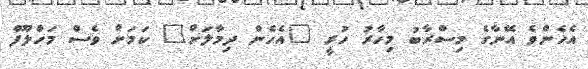
އެހެންވެ އޭނާގެ މިސްރާބު މިހާރު ހުރީ "އެހެން ދިމާލަށް" ކަމަށް ވެސް މަހްލޫފް